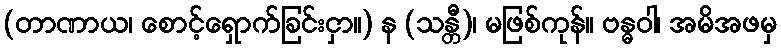
(တာဏာယ၊ စောင့်ရှောက်ခြင်းငှာ။) န (သန္တီ)၊ မဖြစ်ကုန်။ ဗန္ဓဝါ၊ အမိအဖမှ